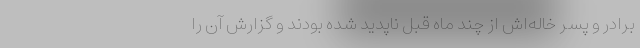
برادر و پسر خاله‌اش از چند ماه قبل ناپدید شده بودند و گزارش آن را